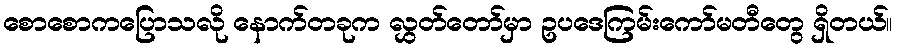
စောစောကပြောသလို နောက်တခုက လွှတ်တော်မှာ ဥပဒေကြမ်းကော်မတီတွေ ရှိတယ်။